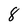
Character: 8